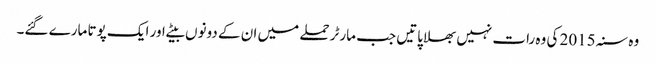
وہ سنہ 2015 کی وہ رات نہیں بھلا پاتیں جب مارٹر حملے میں ان کے دونوں بیٹے اور ایک پوتا مارے گئے۔